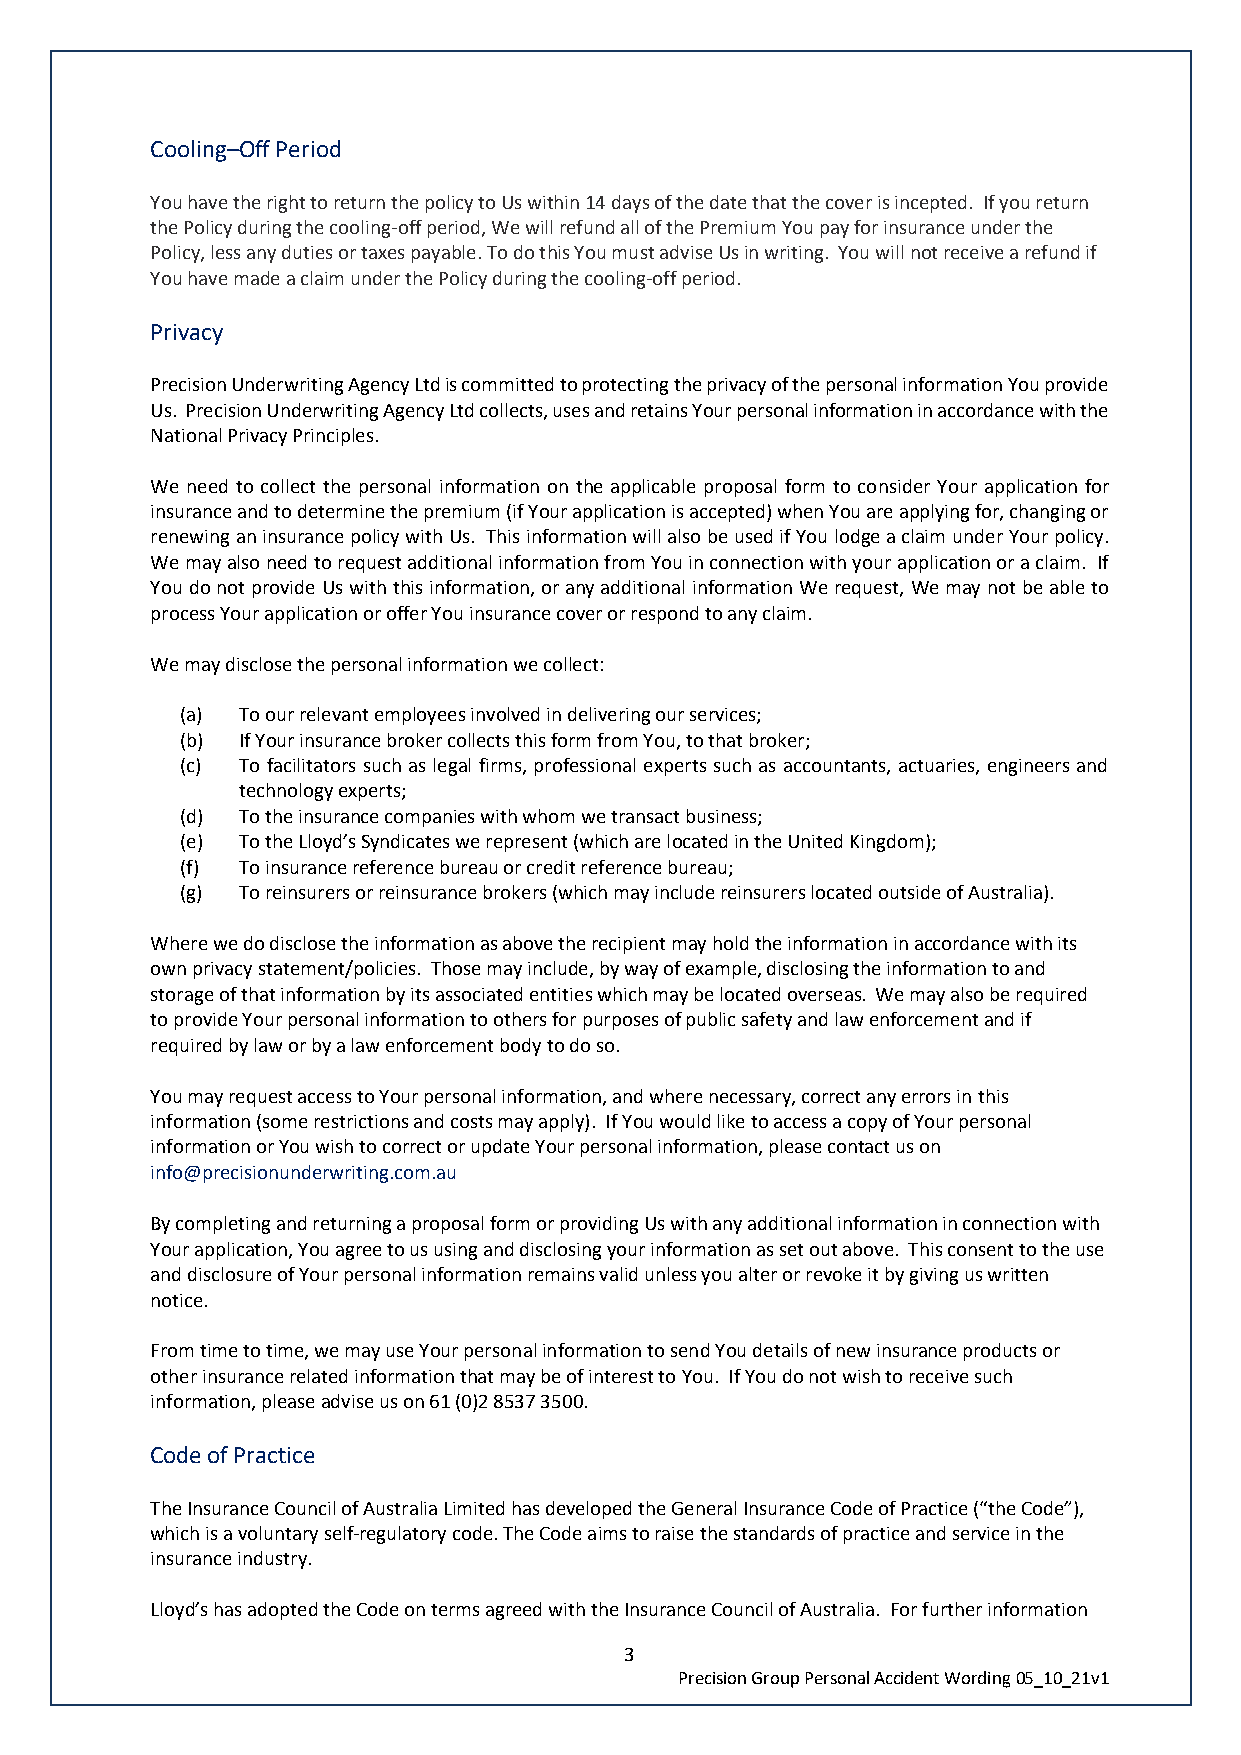
Cooling–Off Period
 You have the right to return the policy to Us within 14 days of the date that the cover is incepted. If you return
 the Policy during the cooling-off period, We will refund all of the Premium You pay for insurance under the
 Policy, less any duties or taxes payable. To do this You must advise Us in writing. You will not receive a refund if
 You have made a claim under the Policy during the cooling-off period.
 Privacy
 Precision Underwriting Agency Ltd is committed to protecting the privacy of the personal information You provide
 Us. Precision Underwriting Agency Ltd collects, uses and retains Your personal information in accordance with the
 National Privacy Principles.
 We need to collect the personal information on the applicable proposal form to consider Your application for
 insurance and to determine the premium (if Your application is accepted) when You are applying for, changing or
 renewing an insurance policy with Us. This information will also be used if You lodge a claim under Your policy.
 We may also need to request additional information from You in connection with your application or a claim. If
 You do not provide Us with this information, or any additional information We request, We may not be able to
 process Your application or offer You insurance cover or respond to any claim.
 We may disclose the personal information we collect:
 (a) To our relevant employees involved in delivering our services;
 (b) If Your insurance broker collects this form from You, to that broker;
 (c) To facilitators such as legal firms, professional experts such as accountants, actuaries, engineers and
 technology experts;
 (d) To the insurance companies with whom we transact business;
 (e) To the Lloyd’s Syndicates we represent (which are located in the United Kingdom);
 (f) To insurance reference bureau or credit reference bureau;
 (g) To reinsurers or reinsurance brokers (which may include reinsurers located outside of Australia).
 Where we do disclose the information as above the recipient may hold the information in accordance with its
 own privacy statement/policies. Those may include, by way of example, disclosing the information to and
 storage of that information by its associated entities which may be located overseas. We may also be required
 to provide Your personal information to others for purposes of public safety and law enforcement and if
 required by law or by a law enforcement body to do so.
 You may request access to Your personal information, and where necessary, correct any errors in this
 information (some restrictions and costs may apply). If You would like to access a copy of Your personal
 information or You wish to correct or update Your personal information, please contact us on
 info@precisionunderwriting.com.au
 By completing and returning a proposal form or providing Us with any additional information in connection with
 Your application, You agree to us using and disclosing your information as set out above. This consent to the use
 and disclosure of Your personal information remains valid unless you alter or revoke it by giving us written
 notice.
 From time to time, we may use Your personal information to send You details of new insurance products or
 other insurance related information that may be of interest to You. If You do not wish to receive such
 information, please advise us on 61 (0)2 8537 3500.
 Code of Practice
 The Insurance Council of Australia Limited has developed the General Insurance Code of Practice (“the Code”),
 which is a voluntary self-regulatory code. The Code aims to raise the standards of practice and service in the
 insurance industry.
 Lloyd’s has adopted the Code on terms agreed with the Insurance Council of Australia. For further information
 3
 Precision Group Personal Accident Wording 05_10_21v1